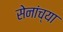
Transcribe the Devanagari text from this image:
सेनांच्या